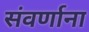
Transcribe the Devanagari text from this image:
संवर्णाना